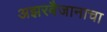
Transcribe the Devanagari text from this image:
अझरबैजानाचा